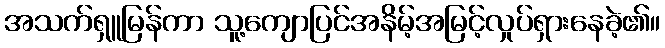
အသက်ရှူမြန်ကာ သူ့ကျောပြင်အနိမ့်အမြင့်လှုပ်ရှားနေခဲ့၏။